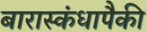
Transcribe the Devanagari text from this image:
बारास्कंधापैकी